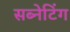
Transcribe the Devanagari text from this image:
सब्नेटिंग